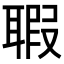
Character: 𦖲